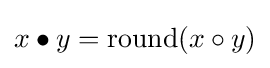
x\bullet y={\mbox{round}}(x\circ y)